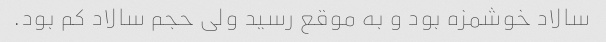
سالاد خوشمزه بود و به موقع رسید ولی حجم سالاد کم بود.